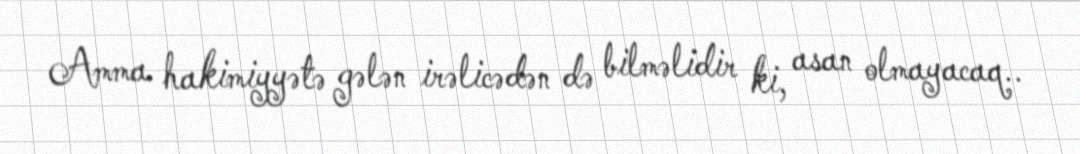
Amma hakimiyyətə gələn irəlicədən də bilməlidir ki, asan olmayacaq..